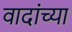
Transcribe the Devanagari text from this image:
वादांच्या